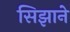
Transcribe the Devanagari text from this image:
सिझाने